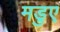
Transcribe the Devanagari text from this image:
मडुए